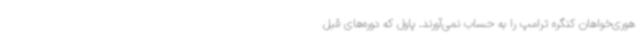
هوری‌خواهان کنگره ترامپ را به حساب نمی‌آورند. پاول که دوره‌های قبل